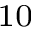
_ { 1 0 }